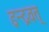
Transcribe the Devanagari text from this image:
इन्द्रवत्